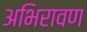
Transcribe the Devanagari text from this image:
अभिरावण